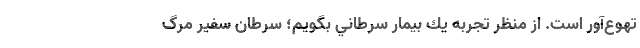
تهوع‌آور است. از منظر تجربه يك بيمار سرطاني بگويم؛ سرطان سفير مرگ